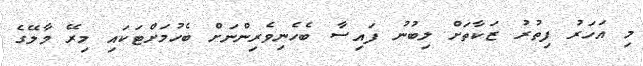
މި އަހަރު ފިތުރު ޒަކާތަށް ލިބުނު ފައިސާ ބެހެނިވެރިންނަށް ބެހުމަށްޓަކައި މިރޭ މާލޭގެ